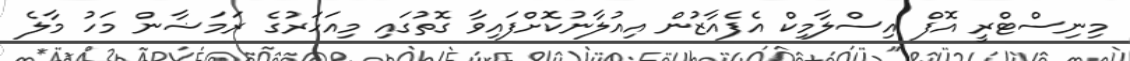
މިނިސްޓްރީ އޮފް އިސްލާމިކް އެފެއާޒުން އިއުލާނުކޮށްފައިވާ ގޮތުގައި މިއަހަރުގެ ރަމަޟާން މަހު މާލެ